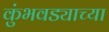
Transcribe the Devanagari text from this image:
कुंभवड्याच्या